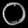
Digit: ၀